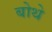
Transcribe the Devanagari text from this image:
बोथे